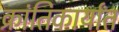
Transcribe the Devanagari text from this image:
क्रांतिकार्यांत